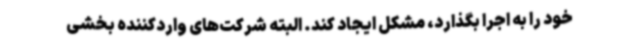
خود را به اجرا بگذارد، مشکل ایجاد کند. البته شرکت‌های واردکننده بخشی